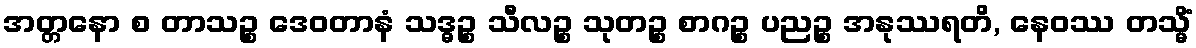
အတ္တနော စ တာသဉ္စ ဒေဝတာနံ သဒ္ဓဉ္စ သီလဉ္စ သုတဉ္စ စာဂဉ္စ ပညဉ္စ အနုဿရတိ, နေဝဿ တသ္မိံ